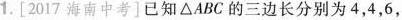
1.[2017海南中考]已知△ABC的三边长分别为4，4，6，